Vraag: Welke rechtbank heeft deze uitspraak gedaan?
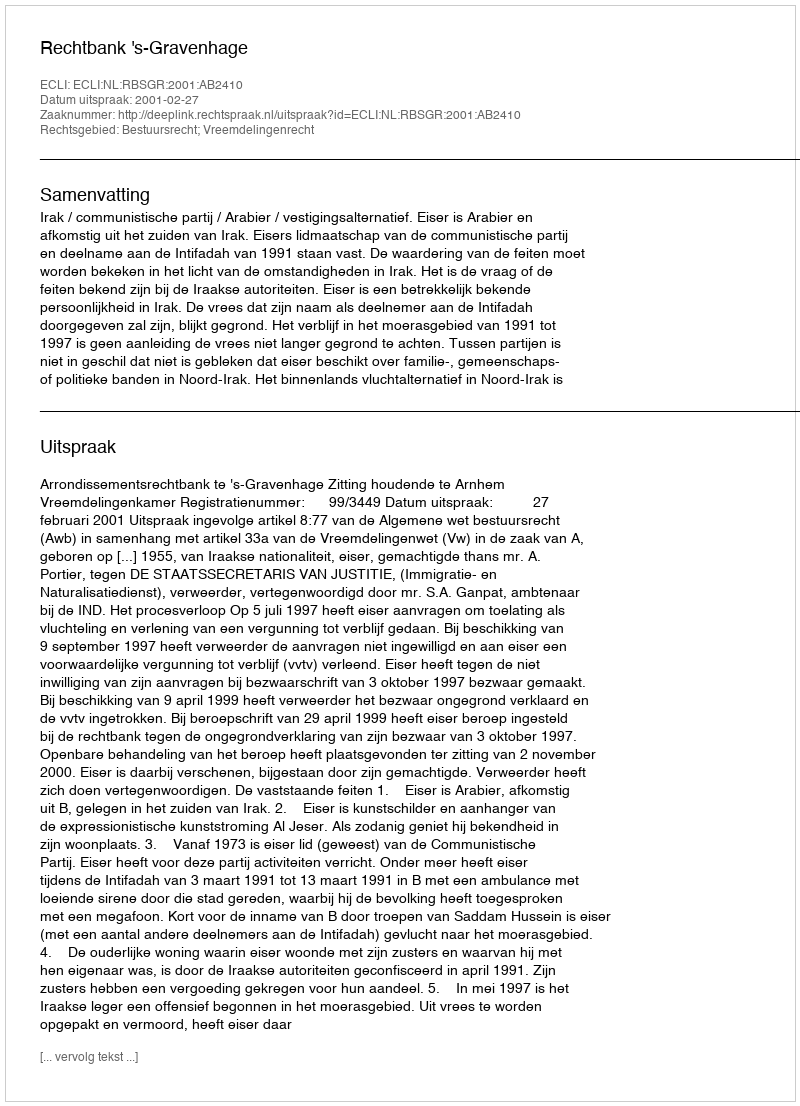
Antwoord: Rechtbank 's-Gravenhage